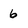
Character: 6